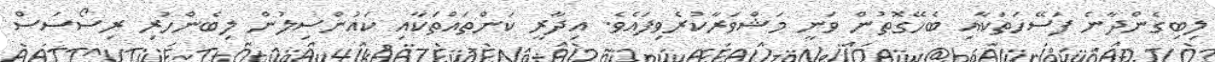
ލިބިގެންދާނެ ފަސޭހަތަކާއި ބެހޭގޮތުން ވަނީ މަޝްވަރާކުރެވިފައެވެ. އިދާރީ ކަންތައްތަކާއި ކައުންސިލުން ލިބެންހުރި ރިސޯސަސް